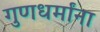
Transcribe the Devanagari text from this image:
गुणधर्मांना